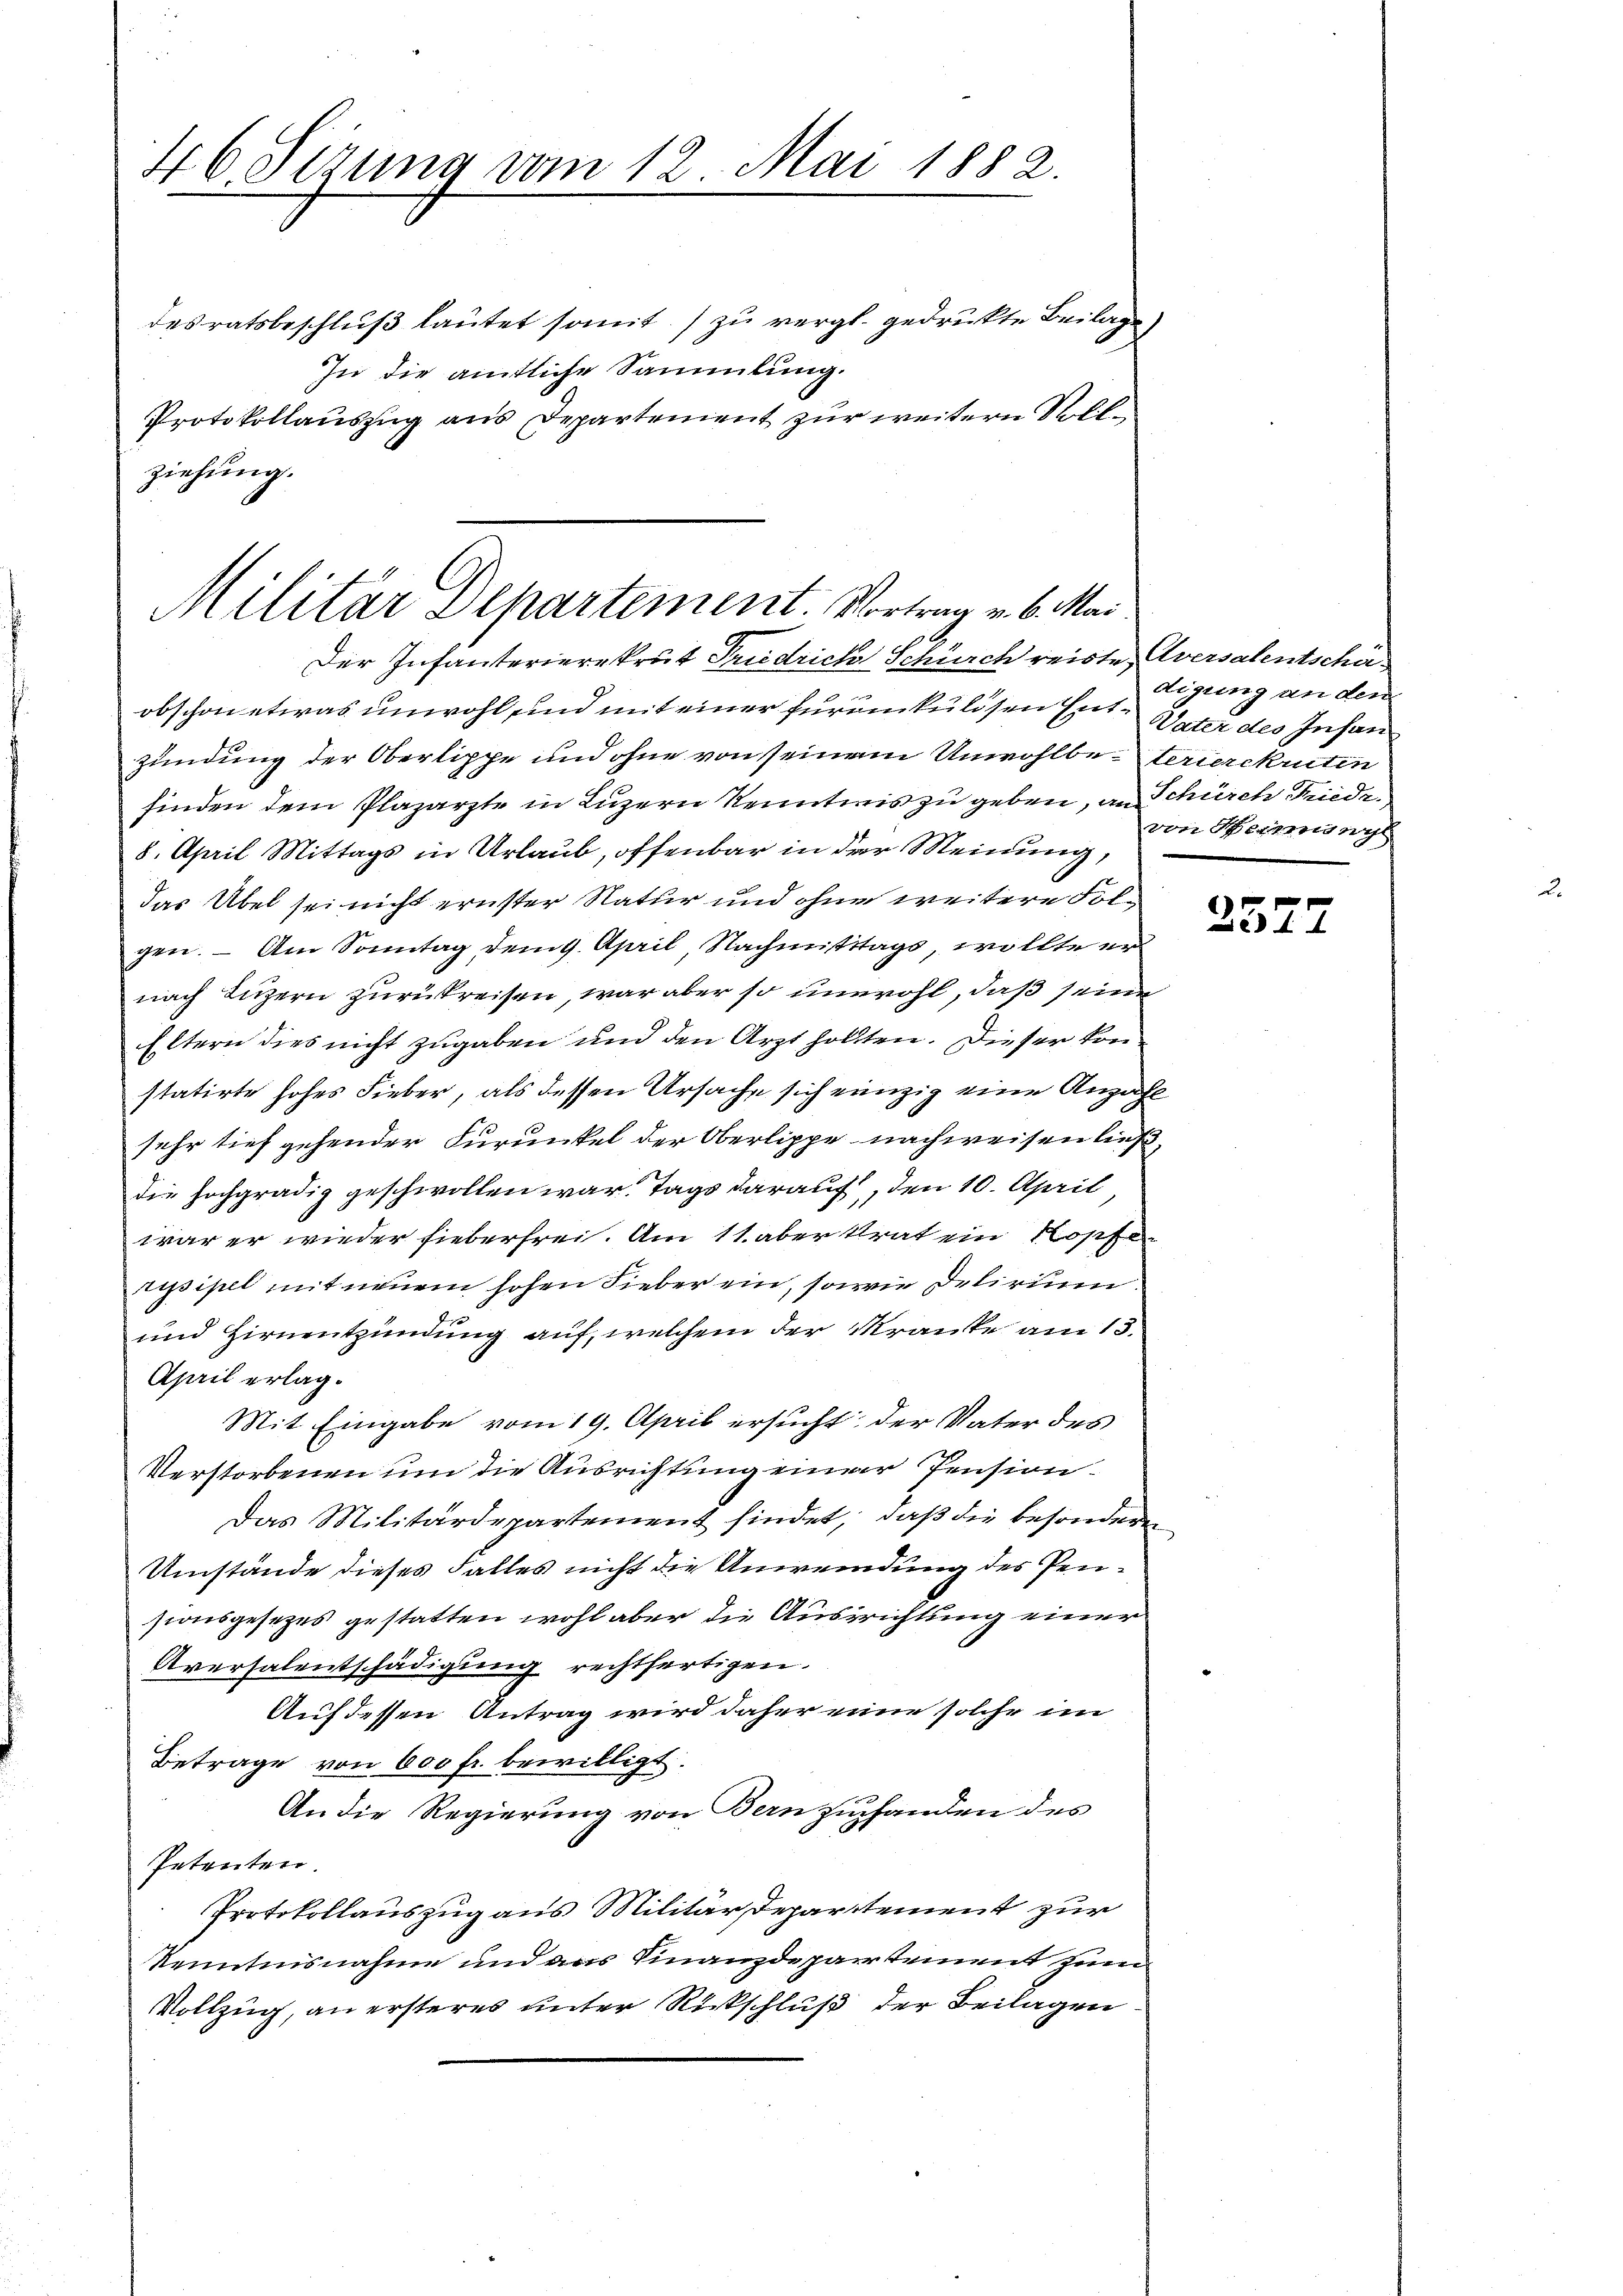
46 Sizung vom 12. Mai 1882.

desratsbeschluß lautet somit zu vergl. gedruckte Beilage
In die amtliche Sammlung.
Protokollauszug aus Departement zur weitern Sollziehung.
obschon etwas unwohl und mit einer furumkulösen Ent- Vater des Insan
zündung der Oberlippe und ohne von seinem Unwohlbe-Ferierekruten
finden dem Plazarzte in Luzern Kenntnis zu geben, an Schürch Friede
8. April Mittags in Urlaub, offenbar in der Meinung,
Das Übel sei nicht ernster Natur und ohne weitere Folgen. – Am Sonntag dem 9. April, Nachmittags, wollte er
nach Luzern zurückreisen, war aber so unwohl, daß seine
Eltern dies nicht zugaben und den Arzt holten. Dieser kon
statirte hohes Fieber, als dessen Ursache sich einzig eine Anzahl
sehr tief gehender Furunkel der Oberlippe nachweisen ließ,
die hochgradig geschwollen war. Tags darauf, den 10. April
war er wieder fieberfrei. Am 11. aber trat ein Kopfe
ripsipel mit neuem hohen Fieber ein, sowie Delirim.
und Hirnentzündung auf, welchem der Kranke am 13.
April erlag.
Mit Eingabe vom 19. April ersucht, der Vater des
Verstorbenen um die Ausrichtung einer Pension.
Das Militärdepartement findet, daß die besonderen
Umstände dieses Falles nicht die Anwendung des Pensionsgesetzes gestatten wohl aber die Ausrichtung einer
Aversalentschädigung rechtfertigen.
Auf dessen Antrag wird daher eine solche im
Betrage von 600 fr. bewilligt.
An die Regierung von Bern zuhanden des
Petenten.
Protokollauszug aus Militär Departement zur
kenntnisnahme und das Finanzdepartement zum
Vollzug, an ersteres unter Rückschluß der Beilagen

Militar Departement. Vortrag v. 6. Mai
Der Infanterierekrut Friedrich Schürch reiste Aversalentschä¬

digung an den
von Herrmange

2577